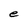
Character: e